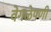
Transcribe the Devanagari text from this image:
वेगळेपणी